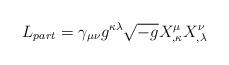
LaTeX: \begin{align*}L_{part}= \gamma_{\mu\nu} g^{\kappa\lambda}\sqrt{-g}X^\mu_{,\kappa}X^\nu_{,\lambda}\end{align*}